Leaving Certificate Examination (including Day School Certificate (Higher) General paper), 1939
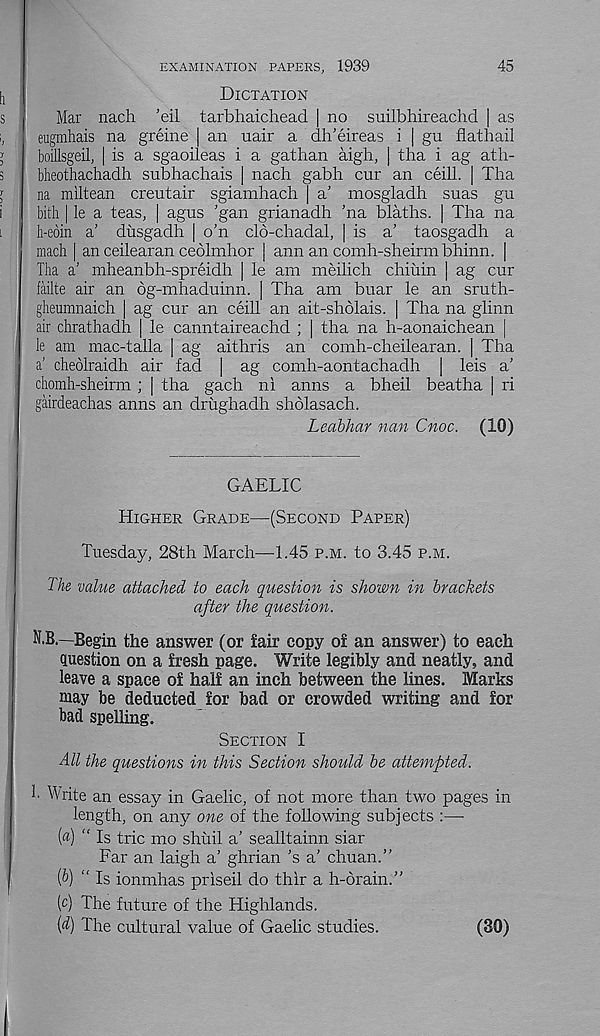
45
EXAMINATION PAPERS, 1939
Dictation
Mar nach ’eil tarbhaichead | no suilbhireachd | as
eugmhais na greine | an uair a dh’eireas i | gu flathail
boillsgeil, | is a sgaoileas i a gathan aigh, | tha i ag ath-
bheothachadh subhachais | nach gabh cur an ceill. | Tha
na miltean creutair sgiamhach | a’ mosgladh suas gu
bith | le a teas, | agus ’gan grianadh ’na blaths. | Tha na
h-eoin a’ dusgadh | o’n clb-chadal, | is a’ taosgadh a
mach | an ceilearan ceolmhor | ann an comh-sheirm bhinn. |
Tha a’ mheanbh-spreidh | le am meilich chiuin ] ag cur
failte air an 6g-mhaduinn. | Tha am buar le an sruth-
gheumnaich | ag cur an ceill an ait-sholais. | Tha na glinn
air dirathadh | le canntaireachd ; | tha na h-aonaichean |
le am mac-talla | ag aithris an comh-cheilearan. | Tha
a’ cheolraidh air fad | ag comh-aontachadh [ leis a’
chomh-sheirm ; | tha gach ni anns a bheil beatha | ri
gairdeachas anns an drughadh sholasach.
Leabhar nan Cnoc. (10)
GAELIC
Higher Grade—(Second Paper)
Tuesday, 28th March—1.45 p.m. to 3.45 p.m.
The value attached to each question is shown in brackets
after the question.
N.B.—Begin the answer (or fair copy of an answer) to each
question on a fresh page. Write legibly and neatly, and
leave a space of half an inch between the lines. Marks
may be deducted for bad or crowded writing and for
bad spelling.
Section I
All the questions in this Section should be attempted.
I Write an essay in Gaelic, of not more than two pages in
length, on any one of the following subjects :—-
(«) “ Is trie mo shuil a’ sealltainn siar
Far an laigh a’ ghrian’s a’ chuan.”
f>) “ Is ionmhas priseil do thir a h-drain.”
(c) The future of the Highlands.
(d) The cultural value of Gaelic studies.
(30)